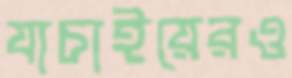
যাচাইয়েরও